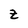
Character: z